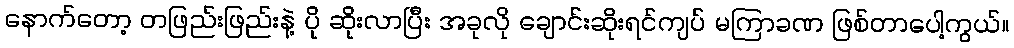
နောက်တော့ တဖြည်းဖြည်းနဲ့ ပို ဆိုးလာပြီး အခုလို ချောင်းဆိုးရင်ကျပ် မကြာခဏ ဖြစ်တာပေါ့ကွယ်။